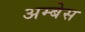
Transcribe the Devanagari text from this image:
अम्बेस